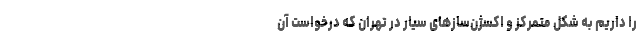
را داریم به شکل متمرکز و اکسژن‌سازهای سیار در تهران که درخواست آن